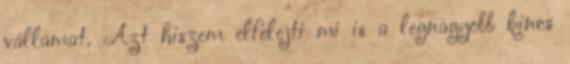
vállamat. Azt hiszem elfelejti mi is a legnagyobb kincs